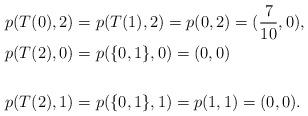
LaTeX: \begin{align*}&p(T(0),2)=p(T(1),2)=p(0,2)=(\frac{7}{10},0),\\&p(T(2),0)=p(\{0,1\},0)=(0,0)\\\\&p(T(2),1)=p(\{0,1\},1)=p(1,1)=(0,0).\end{align*}